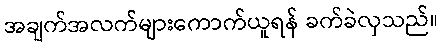
အချက်အလက်များကောက်ယူရန် ခက်ခဲလှသည်။